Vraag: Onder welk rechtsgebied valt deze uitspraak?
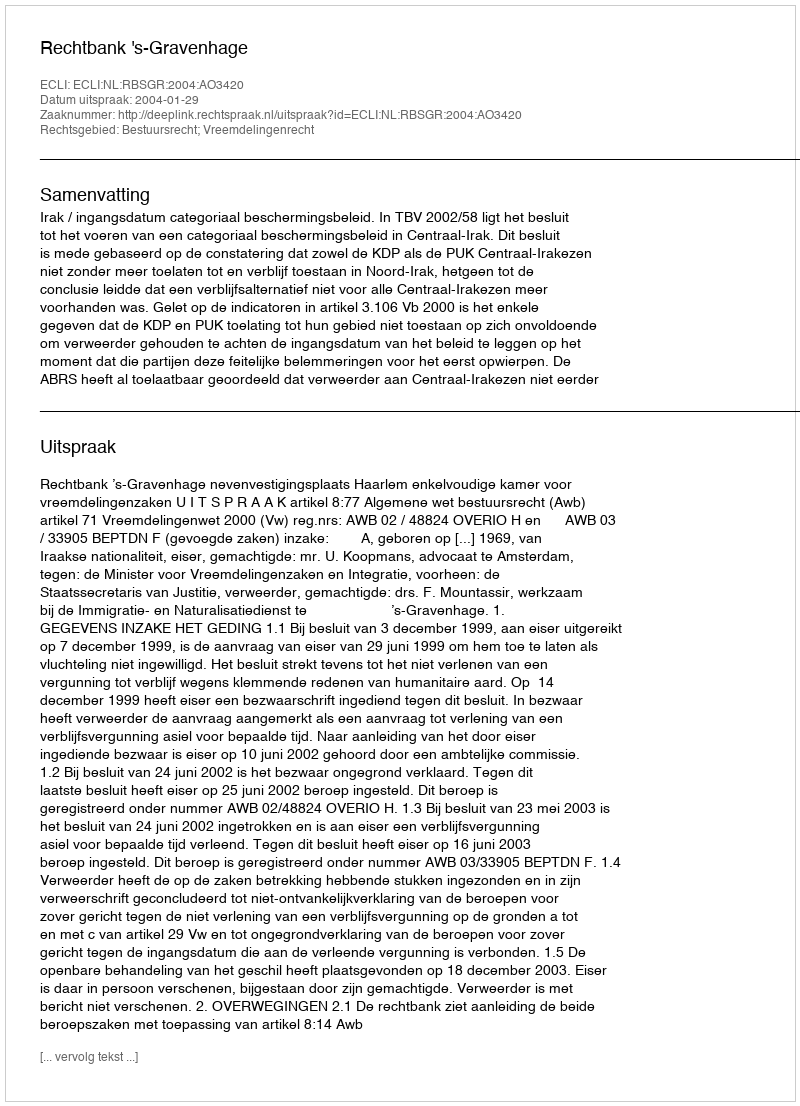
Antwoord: Bestuursrecht; Vreemdelingenrecht